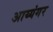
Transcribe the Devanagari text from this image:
अाय्यंगर